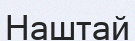
Наштай